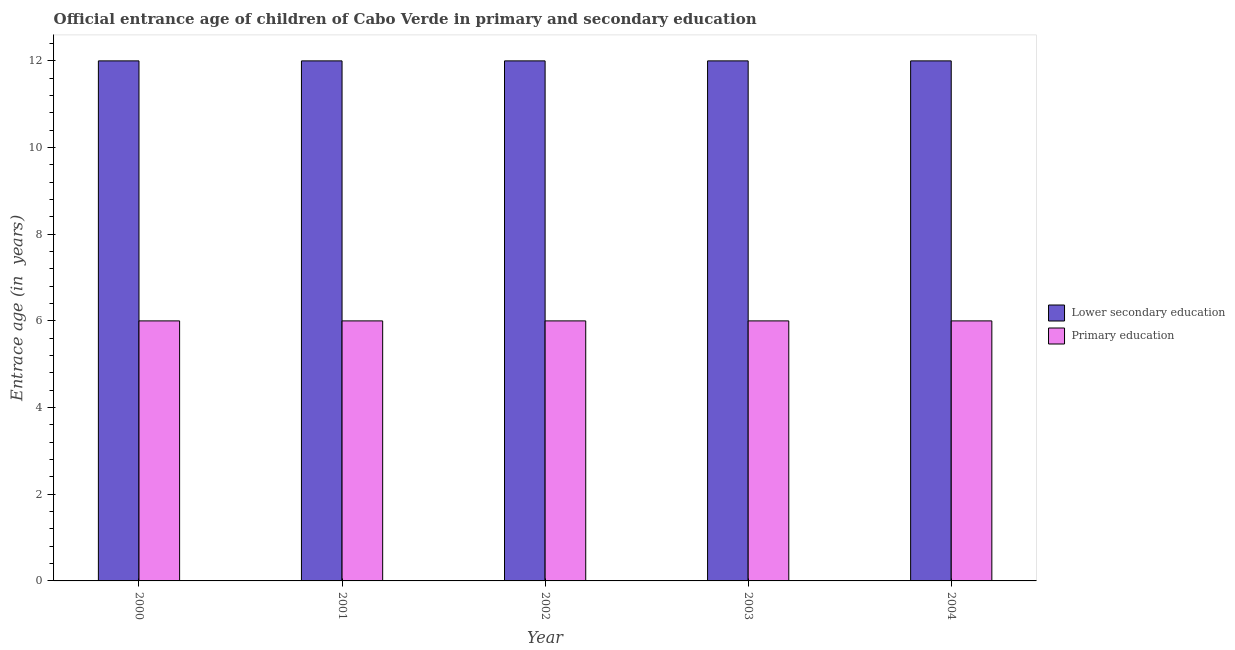
| Year | Lower secondary education | Primary education |
 | --- | --- | --- |
 | 2000 | 12 | 6 |
 | 2001 | 12 | 6 |
 | 2002 | 12 | 6 |
 | 2003 | 12 | 6 |
 | 2004 | 12 | 6 |